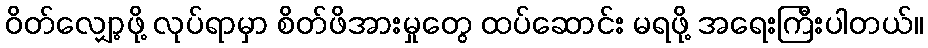
ဝိတ်လျှော့ဖို့ လုပ်ရာမှာ စိတ်ဖိအားမှုတွေ ထပ်ဆောင်း မရဖို့ အရေးကြီးပါတယ်။